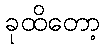
ခုထိတော့